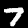
Label: 7